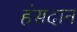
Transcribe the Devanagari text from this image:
हंसदान